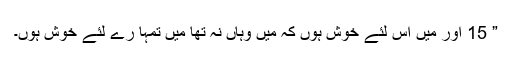
” 15 اور میں اس لئے خوش ہوں کہ میں وہاں نہ تھا میں تمہا رے لئے خوش ہوں۔